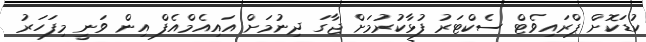
ކުޑަކޮށް ޕްރައިވެޓް ސެކްޓަރު ފުޅާކުރުމަށް ޖާގަ ދިނުމަށް އައިއެމްއެފް އިން ވަނީ މިފަހަރު